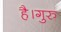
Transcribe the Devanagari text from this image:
है।गुरु